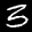
Label: 3